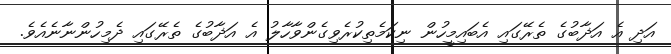
އަދި އެ އަޛާބުގެ ތެރޭގައި އެބައިމީހުން ނިކަމެތިކުރެވިގެންވާހާލު އެ އަޛާބުގެ ތެރޭގައި ދެމިހުންނާނެއެވެ.